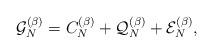
LaTeX: \begin{align*} \mathcal{G}_N^{(\beta)}= C_{N}^{(\beta)}+\mathcal{Q}_N^{(\beta)}+\mathcal{E}_N^{(\beta)},\end{align*}